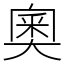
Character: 奧